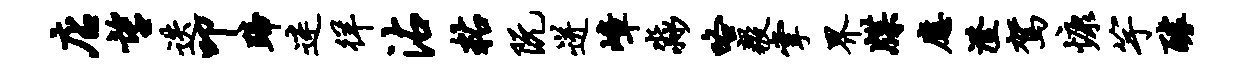
店望迭叩蹄迷徉沾粘阮迸嶂淼咯毅掌界牒应澄驾慷竽醵